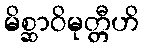
မိစ္ဆာဝိမုတ္တီဟိ